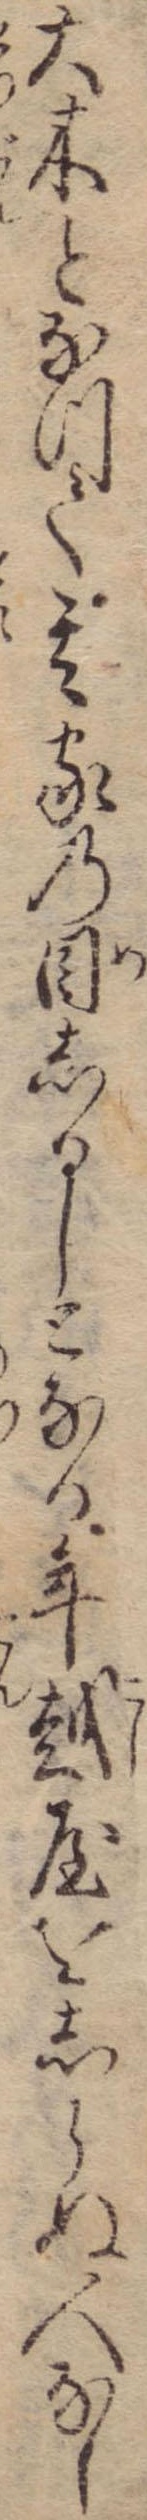
大木となつて其家の目しるしとなる年越屋をしらぬ人なし